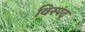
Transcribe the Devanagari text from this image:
विस्पंद